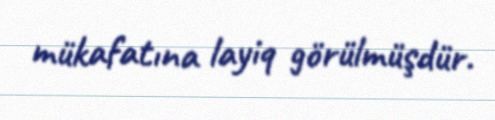
mükafatına layiq görülmüşdür.